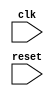
module USB_Controller(
    input clk,
    input reset,
    // other input/output ports
    
    // Timing control and synchronization blocks
    // Implement timing control and synchronization logic here
    
);

    // Declare internal signals and registers
    
    // Define timing control and synchronization logic
    
endmodule